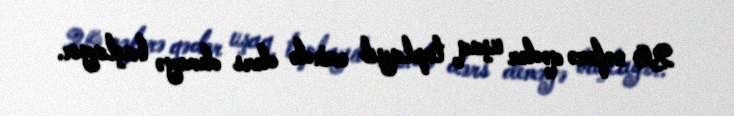
20 nəfərə qədər uşaq toplayıb evində dərs deməyə başlayır.